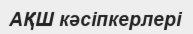
АҚШ кәсіпкерлері